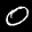
Label: 0